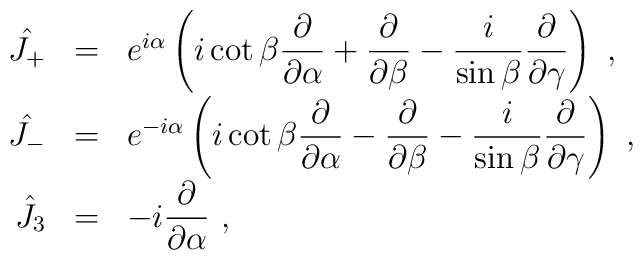
\begin{array}{rcl}\hat{J_+}&=&e^{i\alpha}\left(i\cot\beta\displaystyle\frac{\partial}{\partial\alpha}+\frac{\partial}{\partial\beta}-\frac{i}{\sin\beta}\frac{\partial}{\partial\gamma}\right)~,\\[3mm]\hat{J_-}&=&e^{-i\alpha}\left(i\cot\beta\displaystyle\frac{\partial}{\partial\alpha}-\frac{\partial}{\partial\beta}-\frac{i}{\sin\beta}\frac{\partial}{\partial\gamma}\right)~,\\[3mm]\hat{J_3}&=&-i\displaystyle\frac{\partial}{\partial\alpha}~,\end{array}